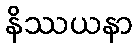
နိဿယနာ